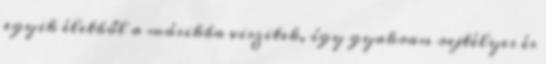
egyik életből a másikba viszitek, így gyakran rejtélyes és